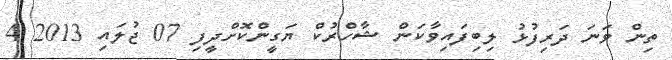
ތިން ވަނަ ދަރިފުޅު ލިބިފައިވާކަން ޝާހްރުކް ޔަގީންކޮށްދީފި 07 ޖުލައި 2013 4